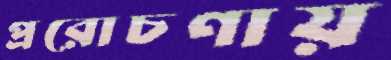
প্ররোচণায়